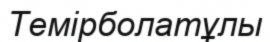
Темірболатұлы